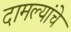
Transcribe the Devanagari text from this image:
दामल्यांचे